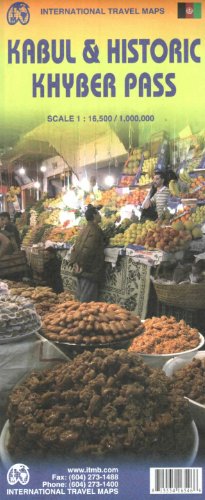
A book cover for Kabul & Historic Khyber Pass 1:16,500/1,000,000 (International Travel Maps); ITMB Canada; Travel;